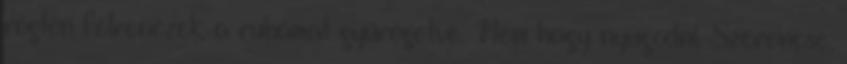
rögtön félrenézek, a ruhámat gyűrögetve. Nem hagy nyugodni. Szerencse,